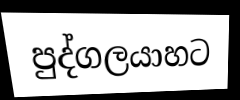
පුද්ගලයාහට